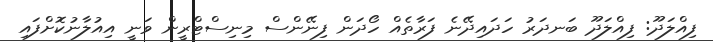
ފިއްލަދޫ: ފިއްލަދޫ ބަނދަރު ހަދައިދޭނެ ފަރާތެއް ހޯދަން ފިނޭންސް މިނިސްޓްރީން ވަނީ އިއުލާނުކޮށްފައި